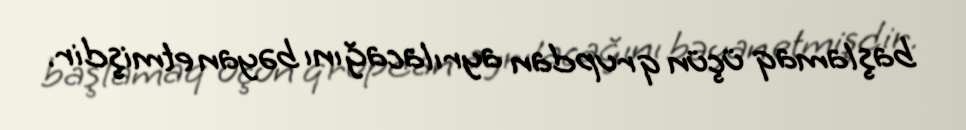
başlamaq üçün qrupdan ayrılacağını bəyan etmişdir.